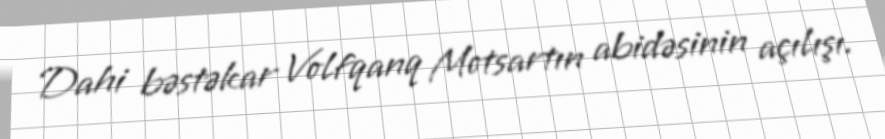
Dahi bəstəkar Volfqanq Motsartın abidəsinin açılışı.